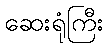
ဆေးရုံကြီး